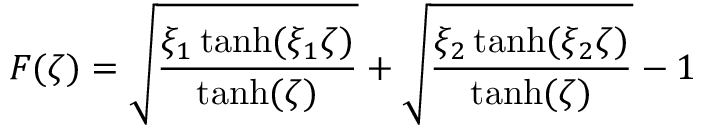
F ( \zeta ) = \sqrt { \frac { \xi _ { 1 } \operatorname { t a n h } ( \xi _ { 1 } \zeta ) } { \operatorname { t a n h } ( \zeta ) } } + \sqrt { \frac { \xi _ { 2 } \operatorname { t a n h } ( \xi _ { 2 } \zeta ) } { \operatorname { t a n h } ( \zeta ) } } - 1